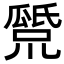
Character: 𤬕